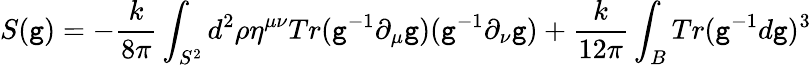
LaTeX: S(\mathtt{g})=-{\frac{{k}}{{8\pi}}}\int_{S^{2}}d^{2}\rho\eta^{\mu\nu}Tr(\mathtt{g}^{-1}\partial_{\mu}\mathtt{g})(\mathtt{g}^{-1}\partial_{\nu}\mathtt{g})+{\frac{{k}}{{12\pi}}}\int_{B}Tr(\mathtt{g}^{-1}d\mathtt{g})^{3}